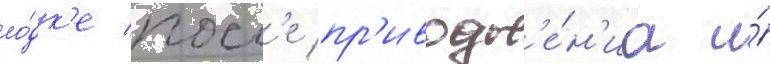
ло́дк'е посл'е пр'иводн'е́н'иа и́